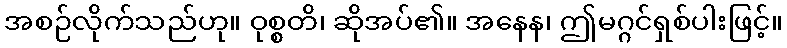
အစဉ်လိုက်သည်ဟု။ ဝုစ္စတိ၊ ဆိုအပ်၏။ အနေန၊ ဤမဂ္ဂင်ရှစ်ပါးဖြင့်။